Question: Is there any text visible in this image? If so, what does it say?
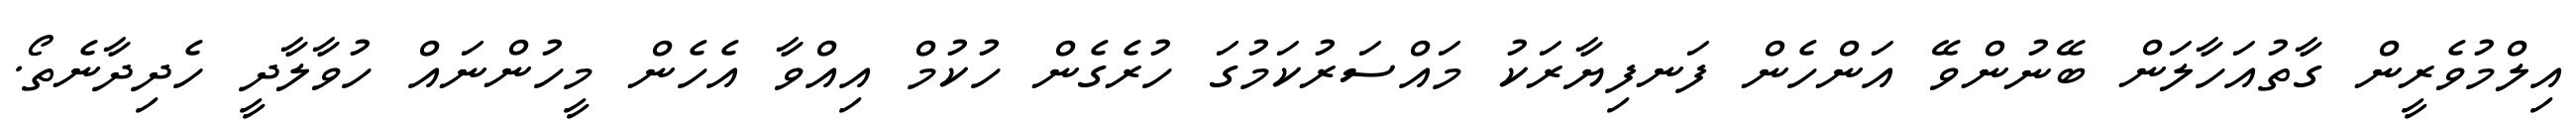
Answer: އިލްމުވެރީން ގާތުއަހާލަން ބޭނުންވޭ އަންހެން ފަނފިޔާރަކު މައްސަރުކަމުގަ ހުރެގެން ހުކުމް އިއްވާ އެހެން މީހުންނައް ހުވާލާދީ ހެދިދާނެތޯ.